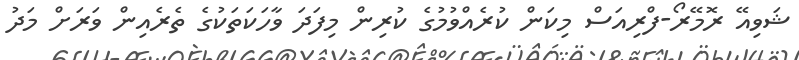
ޝަވިއޭ ރޮމޭރޯ-ފްރިއަސް މިކަން ކުރެއްވުމުގެ ކުރިން މިފަދަ ވާހަކަތަކުގެ ތެރެއިން ވަރަށް މަދު